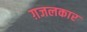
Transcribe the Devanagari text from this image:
ग़जलकार